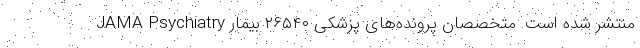
JAMA Psychiatry منتشر شده است. متخصصان پرونده‌های پزشکی ۲۶۵۴۰ بیمار